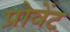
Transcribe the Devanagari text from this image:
प्रोवेंट